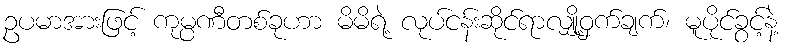
ဥပမာအားဖြင့် ကုမ္ပဏီတစ်ခုဟာ မိမိရဲ့ လုပ်ငန်းဆိုင်ရာလျှို့ဝှက်ချက်၊ မူပိုင်ခွင့်နဲ့